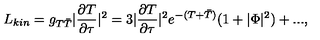
L _ { k i n } = g _ { T \bar { T } } | \frac { \partial T } { \partial \tau } | ^ { 2 } = 3 | \frac { \partial T } { \partial \tau } | ^ { 2 } e ^ { - ( T + \bar { T } ) } ( 1 + | \Phi | ^ { 2 } ) + . . . ,